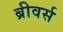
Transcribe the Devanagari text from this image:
ब्रीवर्स